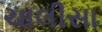
ચાલીસા